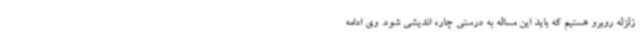
زلزله روبرو هستیم که باید این مساله به درستی چاره اندیشی شود. وی ادامه